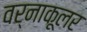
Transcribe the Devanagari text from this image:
वर्नाकूलर